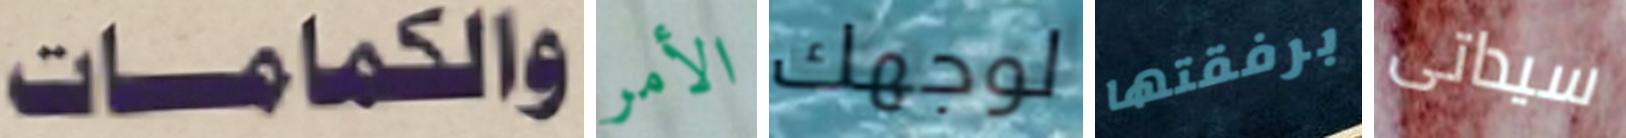
والكمامات الأمر لوجهك برفقتها سيداتى